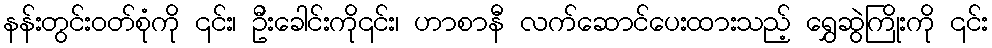
နန်းတွင်းဝတ်စုံကို ၎င်း၊ ဦးခေါင်းကို၎င်း၊ ဟာစာနီ လက်ဆောင်ပေးထားသည့် ရွှေဆွဲကြိုးကို ၎င်း